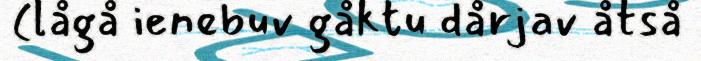
(lågå ienebuv gåktu dårjav åtså